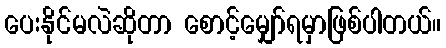
ပေးနိုင်မလဲဆိုတာ စောင့်မျှော်ရမှာဖြစ်ပါတယ်။